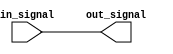
module transmission_gate_delay(
  input wire in_signal,
  output reg out_signal
);

reg internal_signal;

always @(*)
begin
  internal_signal = in_signal;
  #1; // Delay element using transmission gates
  out_signal = internal_signal;
end

endmodule